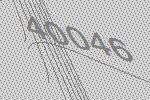
40046